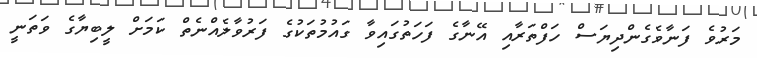
މަރުވެ ފަނާވެގެންދިޔަސް ހަފްތަރާއި އޭނާގެ ފަހަތުގައިވާ ގައުމުތަކުގެ ފަރުވާލެއްނެތް ކަމަށް ލީބިޔާގެ ވަތަނީ